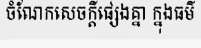
ចំណែកសេចក្តីផ្សេងគ្នា ក្នុងធម៌